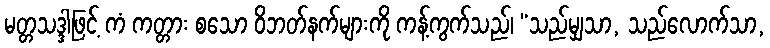
မတ္တသဒ္ဒါဖြင့် ကံ ကတ္တား စသော ဝိဘတ်နက်များကို ကန့်ကွက်သည်၊ “သည်မျှသာ, သည်လောက်သာ,